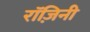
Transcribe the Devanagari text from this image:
रॉज़िनी